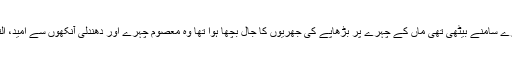
ستر سالہ بوڑھی ماں اپنی تیس سالہ جوان بیٹی کے ساتھ میرے سامنے بیٹھی تھی ماں کے چہرے پر بڑھاپے کی جھریوں کا جال بچھا ہوا تھا وہ معصوم چہرے اور دھندلی آنکھوں سے امید، التجا، بے بسی اور لاچارگی سے میری طرف دیکھ رہی تھی۔